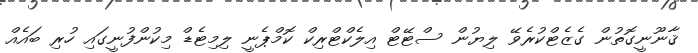
ޤާނޫނީގޮތުން ގެޒެޓްކުރެވޭ ލިޔުން ސްޓޭޓް އިލެކްޓްރިކް ކޮމްޕެނީ ލިމިޓެޑް މިކުންފުނީގައި ހުރި ބައެއް